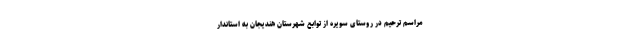
مراسم ترحیم در روستای سویره از توابع شهرستان هندیجان به استاندار